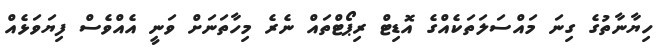
ހިޔާނާތުގެ ގިނަ މައްސަލަތަކެއްގެ އޮޑިޓް ރިޕޯޓްތައް ނެރެ މިހާތަނަށް ވަނީ އެއްވެސް ފިޔަވަޅެއް